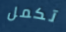
تكمل